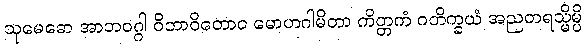
သုမေဓော အာဘဝဂ္ဂါ ဝိဘာဝိတောဝ မောဟဂါမိတာ ကိတ္တကံ ဂတိက္ခယံ အညတရသ္မိမ္ပိ